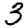
Digit: 3